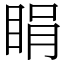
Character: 睊